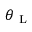
\theta _ { \mathrm { ~ L ~ } }